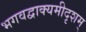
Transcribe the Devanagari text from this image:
भगवद्वाक्यमीदृशम्